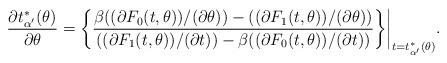
LaTeX: \begin{align*} \frac{ \partial t^*_{\alpha'}(\theta) }{ \partial\theta}= \biggl\{ \frac{ \beta(({\partial F_0( t, \theta ) })/({\partial\theta}))-(({\partial F_1( t, \theta ) })/({ \partial\theta})) }{(({\partial F_1 ( t, \theta ) })/({\partial t}))- \beta(({\partial F_0( t, \theta ) })/({ \partial t})) } \biggr\}\bigg|_{t=t^*_{\alpha' }(\theta)}.\end{align*}